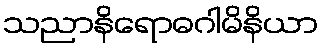
သညာနိရောဓဂါမိနိယာ